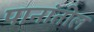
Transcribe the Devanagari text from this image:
पानांतील